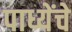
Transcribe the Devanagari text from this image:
पाध्येंचे